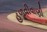
હળવીવાણી